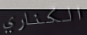
الكناري